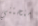
منحتني